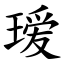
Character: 瑷